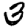
Digit: 3